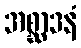
အစ္ဆာဒနံ